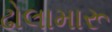
ઢોલામારૂ